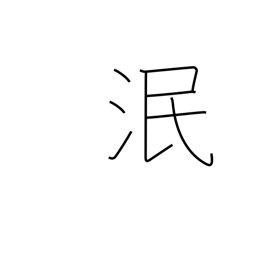
Meaning: die out